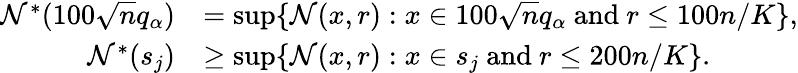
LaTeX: \begin{array}{rl}{\mathcal{N}^{*}(100\sqrt{n}q_{\alpha})}&{=\operatorname*{sup}\{ \mathcal{N}(x,r):x\in 100\sqrt{n}q_{\alpha}\mathrm{~and~}r\leq 100n/K\} ,}\\ {\mathcal{N}^{*}(s_{j})}&{\geq\operatorname*{sup}\{ \mathcal{N}(x,r):x\in s_{j}\mathrm{~and~}r\leq 200n/K\} .}\end{array}